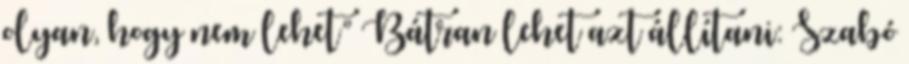
olyan, hogy nem lehet” Bátran lehet azt állítani: Szabó